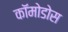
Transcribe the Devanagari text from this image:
कॉमोडोस